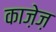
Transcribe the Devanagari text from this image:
काजे़ज़